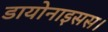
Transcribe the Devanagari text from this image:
डायोनाइसस।